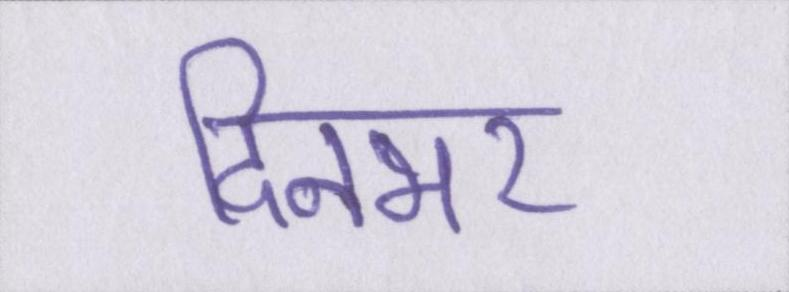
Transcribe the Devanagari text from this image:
दिनभर